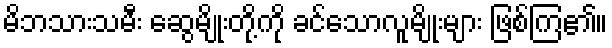
မိဘသားသမီး ဆွေမျိုးတို့ကို ခင်သောလူမျိုးများ ဖြစ်ကြ၏။